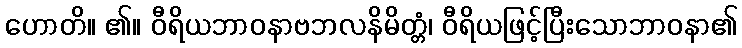
ဟောတိ။ ၏။ ဝီရိယဘာဝနာဗဘလနိမိတ္တံ၊ ဝီရိယဖြင့်ပြီးသောဘာဝနာ၏